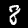
Label: 8